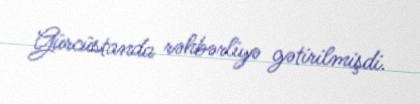
Gürcüstanda rəhbərliyə gətirilmişdi.